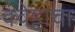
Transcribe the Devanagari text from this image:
क्वेट्टाचा